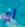
أي